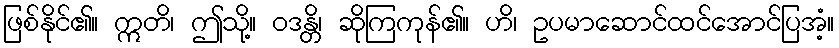
ဖြစ်နိုင်၏။ ဣတိ၊ ဤသို့။ ဝဒန္တိ၊ ဆိုကြကုန်၏။ ဟိ၊ ဥပမာဆောင်ထင်အောင်ပြအံ့။